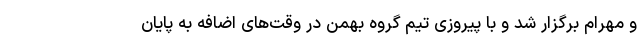
و مهرام برگزار شد و با پیروزی تیم گروه بهمن در وقت‌های اضافه به پایان